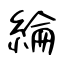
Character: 綸